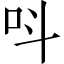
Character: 呌